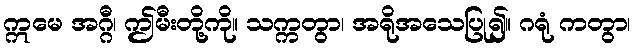
ဣမေ အဂ္ဂီ၊ ဤမီးတို့ကို။ သက္ကတွာ၊ အရိုအသေပြု၍။ ဂရုံ ကတွာ၊